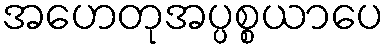
အဟေတုအပ္ပစ္စယာပေ